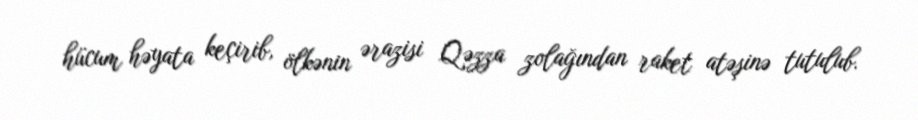
hücum həyata keçirib, ölkənin ərazisi Qəzza zolağından raket atəşinə tutulub.